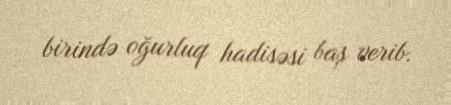
birində oğurluq hadisəsi baş verib.